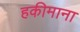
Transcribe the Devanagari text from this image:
हकीमाना